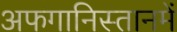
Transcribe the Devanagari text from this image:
अफगानिस्तानमें